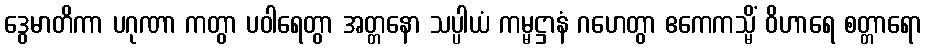
ဒွေမာတိကာ ပဂုဏာ ကတွာ ပဝါရေတွာ အတ္တနော သပ္ပါယံ ကမ္မဋ္ဌာနံ ဂဟေတွာ ဧကေကသ္မိံ ဝိဟာရေ စတ္တာရော